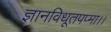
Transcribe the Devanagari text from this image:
ज्ञानविधूतपप्मा।।